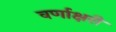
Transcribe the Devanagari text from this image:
वर्णाक्षरी